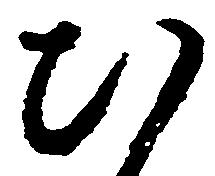
ひ